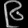
Digit: ၉